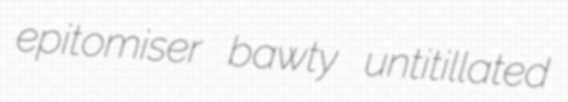
epitomiser bawty untitillated